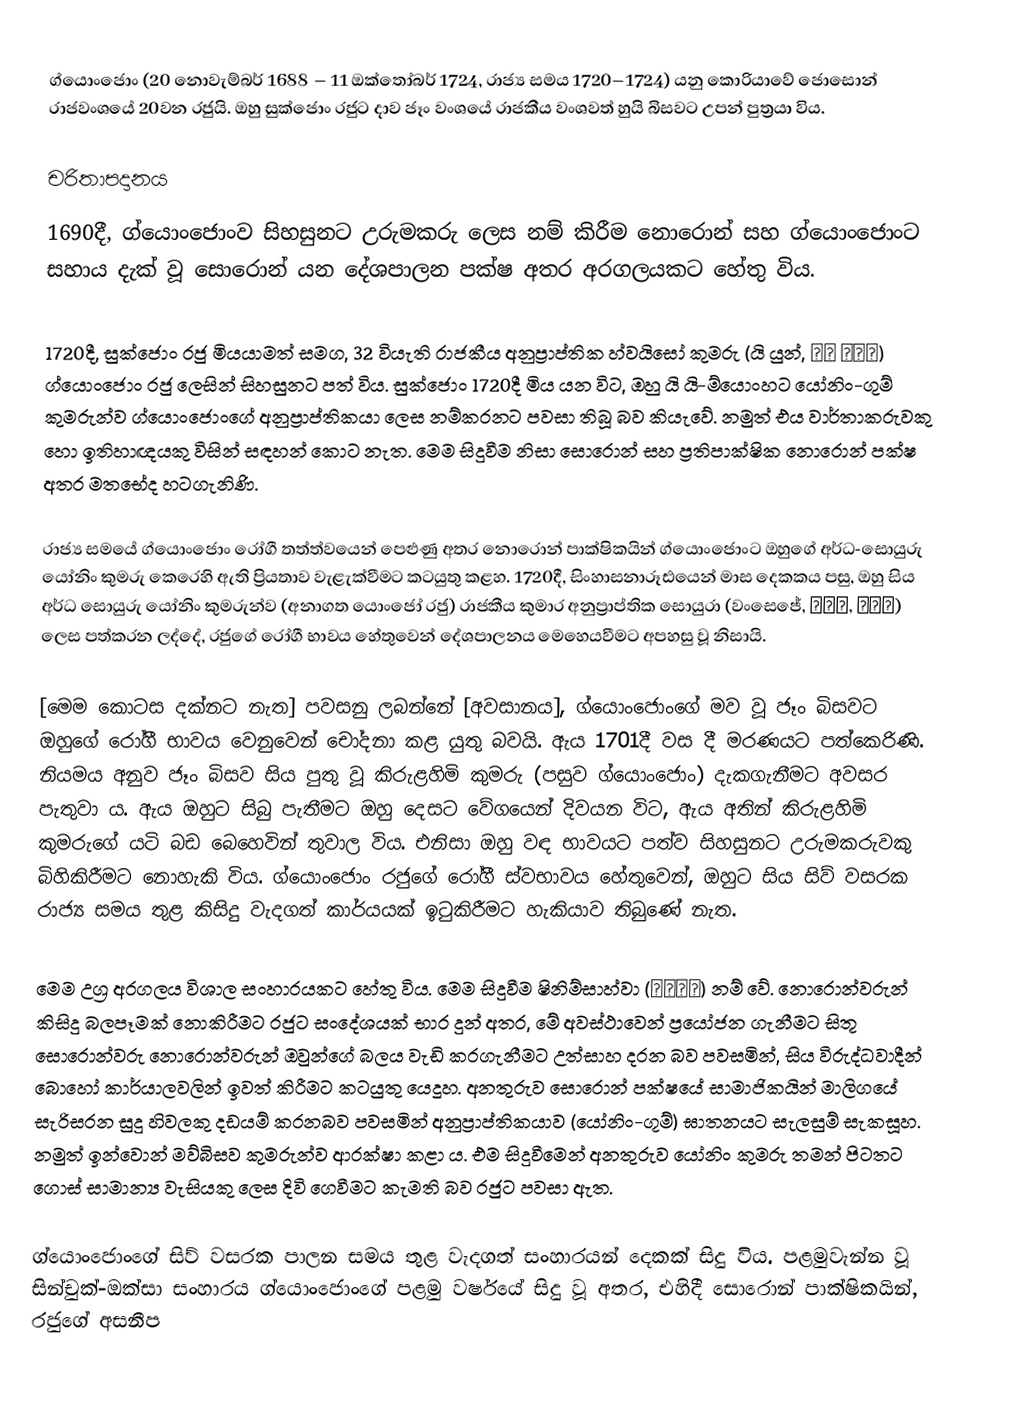
ග්යොංජොං (20 නොවැම්බර් 1688 – 11 ඔක්තෝබර් 1724, රාජ්‍ය සමය 1720–1724) යනු කොරියාවේ ජොසොන් රාජවංශයේ 20වන රජුයි. ඔහු සුක්ජොං රජුට දාව ජෑං වංශයේ රාජකීය වංශවත් හුයි බිසවට උපන් පුත්‍රයා විය.

චරිතාපදානය
1690දී, ග්යොංජොංව සිහසුනට උරුමකරු ලෙස නම් කිරීම නොරොන් සහ ග්යොංජොංට සහාය දැක් වූ ‍සොරොන් යන දේශපාලන පක්ෂ අතර අරගලයකට හේතු විය.

1720දී, සුක්ජොං රජු මියයාමත් සමග, 32 වියැති රාජකීය අනුප්‍රාප්තික හ්වයිසෝ කුමරු (යි යුන්, 이윤 왕세자) ග්යොංජොං රජු ලෙසින් සිහසුනට පත් විය. සුක්ජොං 1720දී මිය යන විට, ඔහු යි යි-ම්යොංහට යෝනිං-ගුම් කුමරුන්ව ග්යොංජොංගේ අනුප්‍රාප්තිකයා ලෙස නම්කරනට පවසා තිබූ බව කියැවේ. නමුත් එය වාර්තාකරුවකු හො ඉතිහාඥයකු විසින් සඳහන් කොට නැත. මෙම සිදුවීම නිසා සොරොන් සහ ප්‍රතිපාක්ෂික නොරොන් පක්ෂ අතර මතභේද හටගැනිණි.

රාජ්‍ය සමයේ ග්යොංජොං රෝගී තත්ත්වයෙන් පෙළුණු අතර නොරොන් පාක්ෂිකයින් ග්යොං‍ජොංට ඔහුගේ අර්ධ-සොයුරු යෝනිං කුමරු කෙරෙහි ඇති ප්‍රියතාව වැළැක්වීමට කටයුතු කළහ. 1720දී, සිංහාසනාරූඪයෙන් මාස දෙකකය පසු, ඔහු සිය අර්ධ සොයුරු යෝනිං කුමරුන්ව (අනාගත යොංජෝ රජු) රාජකීය කුමාර අනුප්‍රාප්තික සොයුරා (වංසෙජේ, 왕세제, 王世弟) ලෙස පත්කරන ලද්දේ, රජුගේ රෝගී භාවය හේතුවෙන් දේශපාලනය මෙහෙයවීමට අපහසු වූ නිසායි.

[මෙම කොටස දක්නට නැත] පවසනු ලබන්නේ [අවසානය], ග්යොංජොංගේ මව වූ ජෑං බිසවට ඔහුගේ රෝගී භාවය වෙනුවෙන් චෝදනා කළ යුතු බවයි. ඇය 1701දී වස දී මරණයට පත්කෙරිණි. නියමය අනුව ජෑං බිසව සිය පුතු වූ කිරුළහිමි කුමරු (පසුව ග්යොංජොං) දැකගැනීමට අවසර පැතුවා ය. ඇය ඔහුට සිබු පැතීමට ඔහු දෙසට වේගයෙන් දිවයන විට, ඇය අතින් කිරුළහිමි කුමරුගේ යටි බඩ බෙහෙවින් තුවාල විය. එනිසා ඔහු වඳ භාවයට පත්ව සිහසුනට උරුමකරුවකු බිහිකිරීමට නොහැකි විය. ග්යොංජොං රජුගේ රෝගී ස්වභාවය හේතුවෙන්, ඔහුට සිය සිව් වසරක රාජ්‍ය සමය තුළ කිසිදු වැදගත් කාර්යයක් ඉටුකිරීමට හැකියාව තිබුණේ නැත.

‍මෙම උග්‍ර අරගලය විශාල සංහාරයකට හේතු විය. මෙම සිදුවීම ෂිනිම්සාහ්වා (辛壬士禍) නම් වේ. නොරොන්වරුන් කිසිදු බලපෑමක් නොකිරීමට රජුට සංදේශයක් භාර දුන් අතර, මේ අවස්ථාවෙන් ප්‍රයෝජන ගැනීමට සිතූ සොරොන්වරු නොරොන්වරුන් ඔවුන්ගේ බලය වැඩි කරගැනීමට උත්සාහ දරන බව පවසමින්, සිය විරුද්ධවාදීන් බොහෝ කාර්යාලවලින් ඉවත් කිරීමට කටයුතු යෙදූහ. අනතුරුව සොරොන් පක්ෂයේ සාමාජිකයින් මාලිගයේ සැරිසරන සුදු හිවලකු දඩයම් කරනබව පවසමින් අනුප්‍රාප්තිකයාව (යෝනිං-ගූම්) ඝාතනයට සැලසුම් සැකසූහ. නමුත් ඉන්වොන් මව්බිසව කුමරුන්ව ආරක්ෂා කළා ය. එම සිදුවීමෙන් අනතුරුව යෝනිං කුමරු තමන් පිටතට ගොස් සාමාන්‍ය වැසියකු ලෙස දිවි ගෙවීමට කැමති බව රජුට පවසා ඇත.

ග්යොංජොංගේ සිව් වසරක පාලන සමය තුළ වැදගත් සංහාරයන් දෙකක් සිදු විය. පළමුවැන්න වූ සින්චුක්-ඔක්සා සංහාරය ග්යොංජොංගේ පළමු වර්ෂයේ සිදු වූ අතර, එහිදී සොරොන් පාක්ෂිකයින්, රජුගේ අසනීප